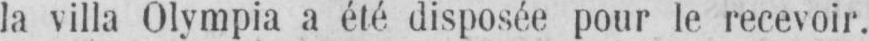
la villa Olympia a été disposée pour le recevoir.